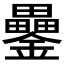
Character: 𨯔